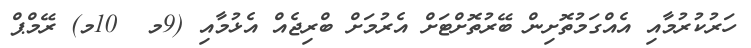
ހަރުކުރުމާއި އެއްގަމުތޮށިން ބޭރުތޮށްޓަށް އެރުމަށް ބްރިޖެއް އެޅުމާއި (9މ  10މ) ރޭމްޕް